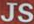
JS